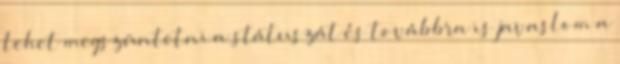
lehet megszüntetni a státuszát és továbbra is javaslom a